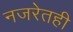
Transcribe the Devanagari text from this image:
नजरेतही